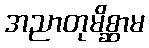
အညာတုမိစ္ဆာမ